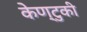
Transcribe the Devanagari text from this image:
केण्टुकी